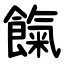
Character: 餼